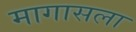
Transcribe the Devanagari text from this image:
मागासला